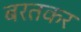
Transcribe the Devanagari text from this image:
बरतकर